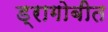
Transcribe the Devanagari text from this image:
ड्रागोबीत